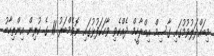
މިބައްދަލުވުމުގައި ގާސިމް އިބްރާހީމް ދެއްކެވި ވާހަކަފުޅުގައި ނޮވެމްބަރު 11 ގެ ކުރިން އިންތިހާބު